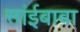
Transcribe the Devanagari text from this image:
सांईबाबा